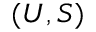
( U , S )